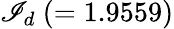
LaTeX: {\cal\mathscr{I}}_{d}~(=1.9559)